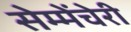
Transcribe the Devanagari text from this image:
सेम्मेंचेरी